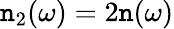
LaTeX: \mathtt{n}_{2}(\omega)=2\mathtt{n}(\omega)